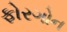
ફોરગોન